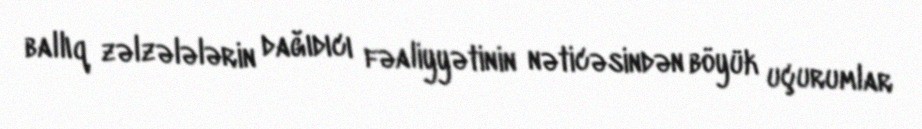
ballıq zəlzələlərin dağıdıcı fəaliyyətinin nəticəsindən böyük uçurumlar